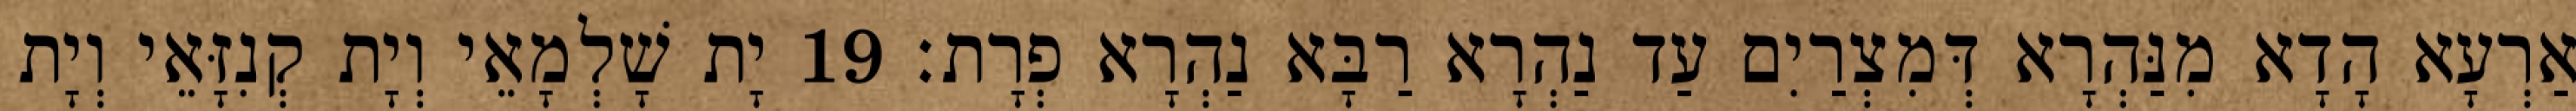
אַרְעָא הָדָא מִנַּהְרָא דְּמִצְרַיִם עַד נַהְרָא רַבָּא נַהְרָא פְרָת׃ 19 יָת שָׁלְמָאֵי וְיָת קְנִזָּאֵי וְיָת